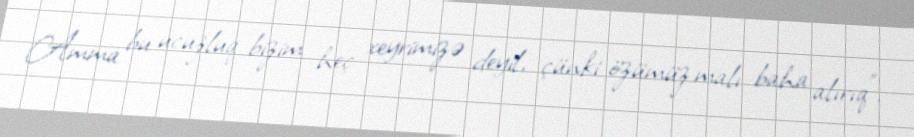
Amma bu ucuzluq bizim heç xeyrimizə deyil, çünki özümüz malı baha alırıq”.